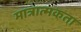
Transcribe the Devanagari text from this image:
मात्रात्मकता